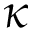
\kappa